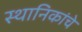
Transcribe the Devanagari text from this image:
स्थानिकांचे